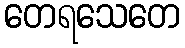
တေရသေတေ